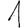
Digit: 1